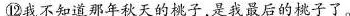
⑫我不知道那年秋天的桃子是我最后的桃子了。